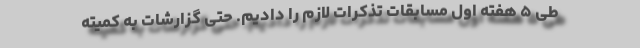
طی ۵ هفته اول مسابقات تذکرات لازم را دادیم. حتی گزارشات به کمیته